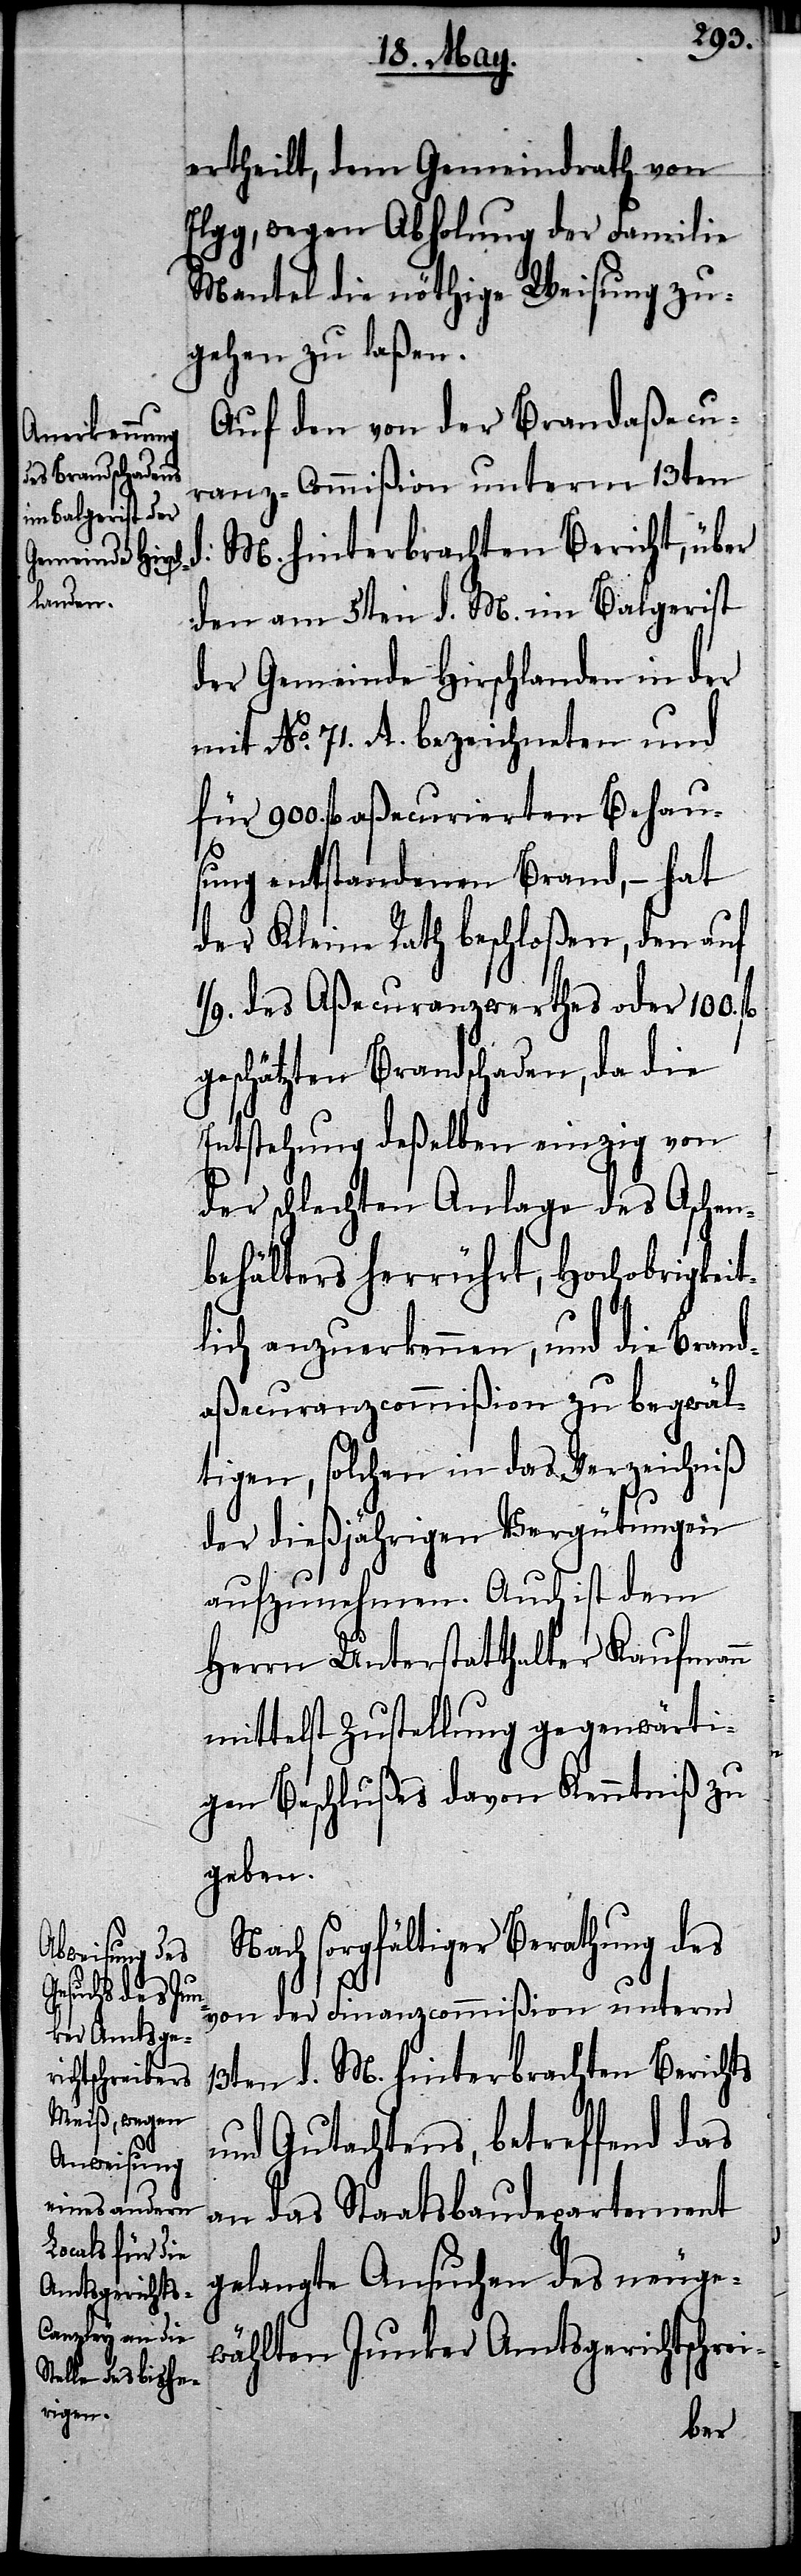
ertheilt, dem Gemeindrath von
Elgg, wegen Abholung der Familie
Mantel die nöthige Weisung zu¬
gehen zu laßen.
Auf den von der Brandaßecu¬
ranz-Commißion unterm 13ten
d. M. hinterbrachten Bericht, über
den am 5ten d. M. im Balgerist
der Gemeinde Hirschlanden in der
mit No. 71. A. bezeichneten und
für 900. fl aßecurierten Behau¬
sung entstandenen Brand, – hat
der Kleine Rath beschloßen, den auf
des Aßecuranzwerthes oder 100.
geschätzten Brandschaden, da die
Entstehung deßelben einzig von
der schlechten Anlage des Aschen¬
behälters herrührt, hochobrigkeit¬
lich anzuerkennen, und die Brand¬
aßecuranzcommißion zu begwäl¬
tigen, solchen in das Verzeichniß
der dießjährigen Vergütungen
aufzunehmen. Auch ist dem
Herrn Unterstatthalter Kaufmann
mittelst Zustellung gegenwärti¬
gen Beschlußes davon Kenntniß zu
geben.
Nach sorgfältiger Berathung des
von der Finanzcommißion unterm
13ten d. M. hinterbrachten Berichts
und Gutachtens, betreffend das
an das Staatsbaudepartement
gelangte Ansuchen des neuge¬
wählten Junker Amtsgerichtschrei-